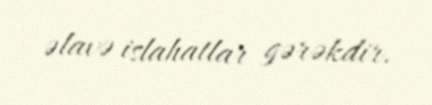
əlavə islahatlar gərəkdir.